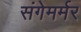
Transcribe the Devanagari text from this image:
संगेमर्मर